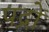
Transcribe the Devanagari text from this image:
पद्रों